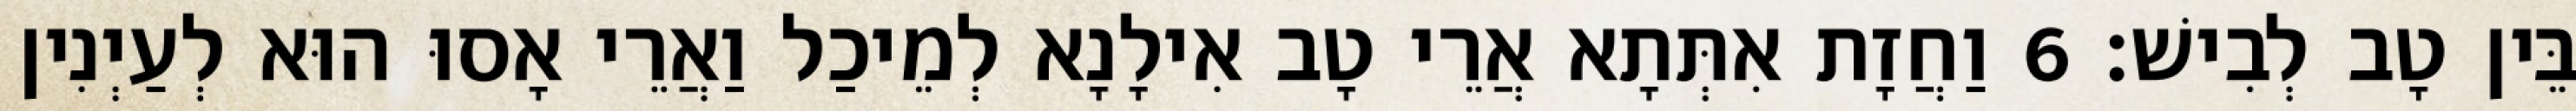
בֵּין טָב לְבִישׁ׃ 6 וַחֲזָת אִתְּתָא אֲרֵי טָב אִילָנָא לְמֵיכַל וַאֲרֵי אָסוּ הוּא לְעַיְנִין